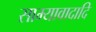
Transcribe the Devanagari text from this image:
साम्यावादादि